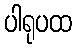
ပါရုပထ